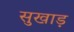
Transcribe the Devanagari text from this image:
सुखाड़